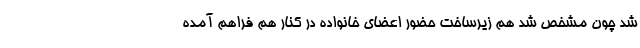
شد چون مشخص شد هم زیرساخت حضور اعضای خانواده در کنار هم فراهم آمده